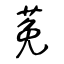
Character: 莬